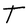
Character: T